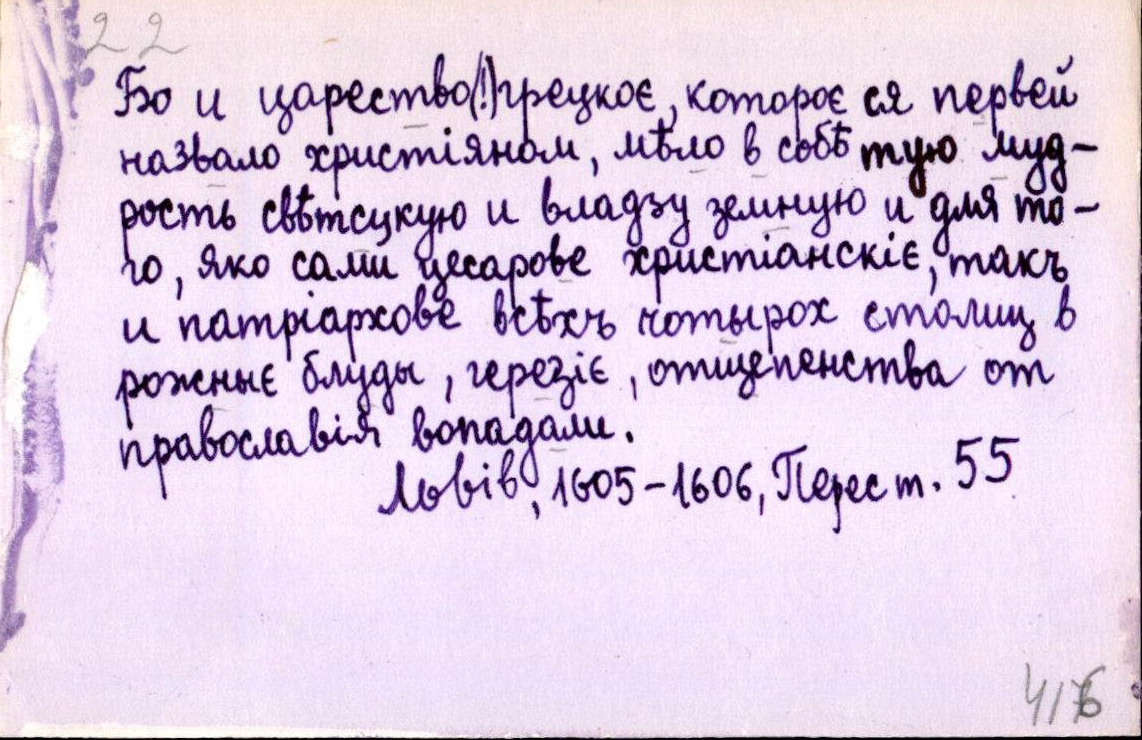
Бо и царество (!) грецкоє, котороє ся первей
назвало христіяном, мѣло в собѣ тую муд-
рость свѣтсцкую и владзу земную и для то-
го, яко сами цесарове христіанскіє, такъ
и патріархове всѣхъ чотырох столиц в
рожныє блуды, герезіє, отщепенства от
православія вопадали.
Львів, 1605-1606, Перест. 55